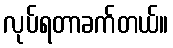
လုပ်ရတာခက်တယ်။